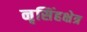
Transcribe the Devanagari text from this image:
नृसिंहक्षेत्र